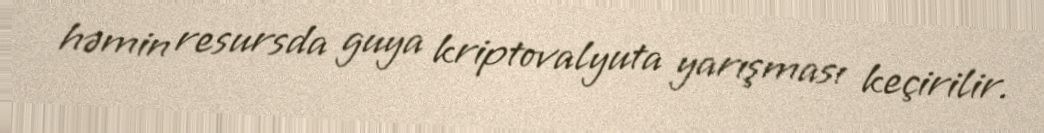
həmin resursda guya kriptovalyuta yarışması keçirilir.